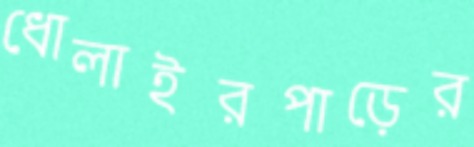
ধোলাইরপাড়ের